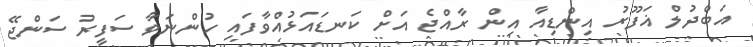
އަބްދުލް ޣަފޫރު އިންޑިއާ އިން ރާއްޖެ އަށް ކަނޑައަޅުއްވާފައި ހުންނަވާ ސަފީރު ސަންޖޭ